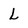
Character: L